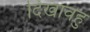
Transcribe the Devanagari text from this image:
दिखावहु